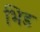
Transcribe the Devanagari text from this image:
भिड